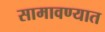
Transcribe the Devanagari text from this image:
सामावण्यात